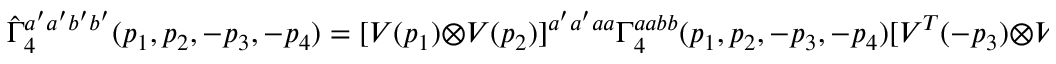
\hat { \Gamma } _ { 4 } ^ { a ^ { \prime } a ^ { \prime } b ^ { \prime } b ^ { \prime } } ( p _ { 1 } , p _ { 2 } , - p _ { 3 } , - p _ { 4 } ) = [ V ( p _ { 1 } ) \otimes V ( p _ { 2 } ) ] ^ { a ^ { \prime } a ^ { \prime } a a } { \Gamma } _ { 4 } ^ { a a b b } ( p _ { 1 } , p _ { 2 } , - p _ { 3 } , - p _ { 4 } ) [ V ^ { T } ( - p _ { 3 } ) \otimes V ^ { T } ( - p _ { 4 } ) ] ^ { b b b ^ { \prime } b ^ { \prime } } .